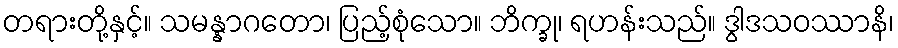
တရားတို့နှင့်။ သမန္နာဂတော၊ ပြည့်စုံသော။ ဘိက္ခု၊ ရဟန်းသည်။ ဒွါဒသဝဿာနိ၊